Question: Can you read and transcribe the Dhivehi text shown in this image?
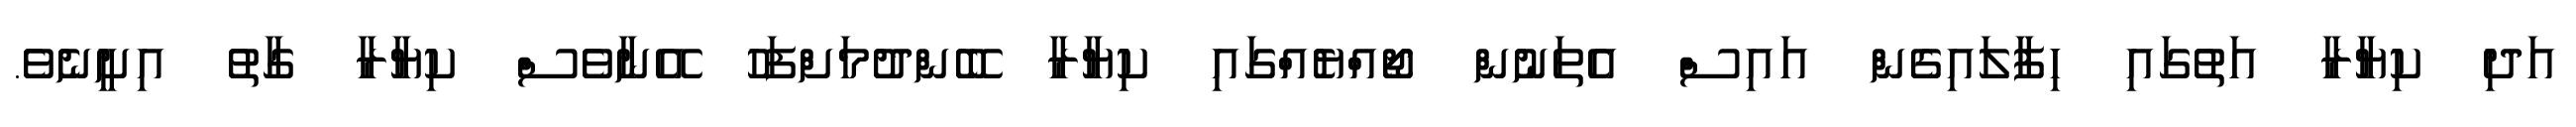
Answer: އަދި ކިޔާރާ އަތުގައި ހިފާލައިގެން އައިސް އެތަނުން ޖޯއްޔެއްގައި ކިޔާރާ ބޭންދުމަށްފަހު އޭނާވެސް ކިޔާރާ ގާތު އިށީނެވެ.